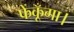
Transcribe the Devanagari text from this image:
फेंकूँगा।